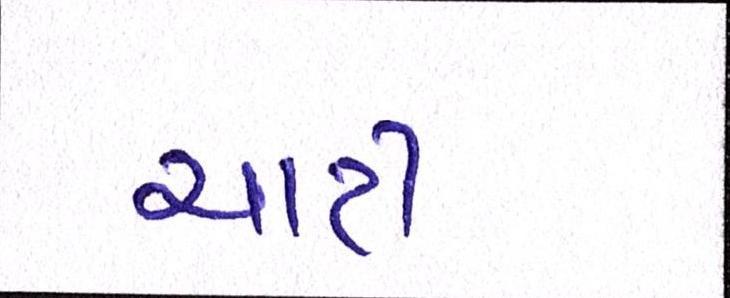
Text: ચાટી